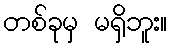
တစ်ခုမှ မရှိဘူး။